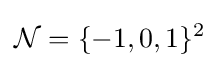
{\mathcal {N}}=\{-1,0,1\}^{2}